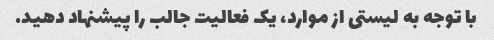
با توجه به لیستی از موارد، یک فعالیت جالب را پیشنهاد دهید.